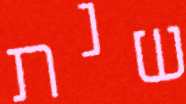
שנת